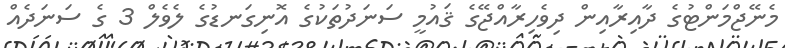
މެނޭޖްމަންޓުގެ ދާއިރާއިން ދިވެހިރާއްޖޭގެ ޤައުމީ ސަނަދުތަކުގެ އޮނިގަނޑުގެ ލެވެލް 3 ގެ ސަނަދެއް